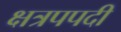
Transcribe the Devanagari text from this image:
क्षत्रपपदी